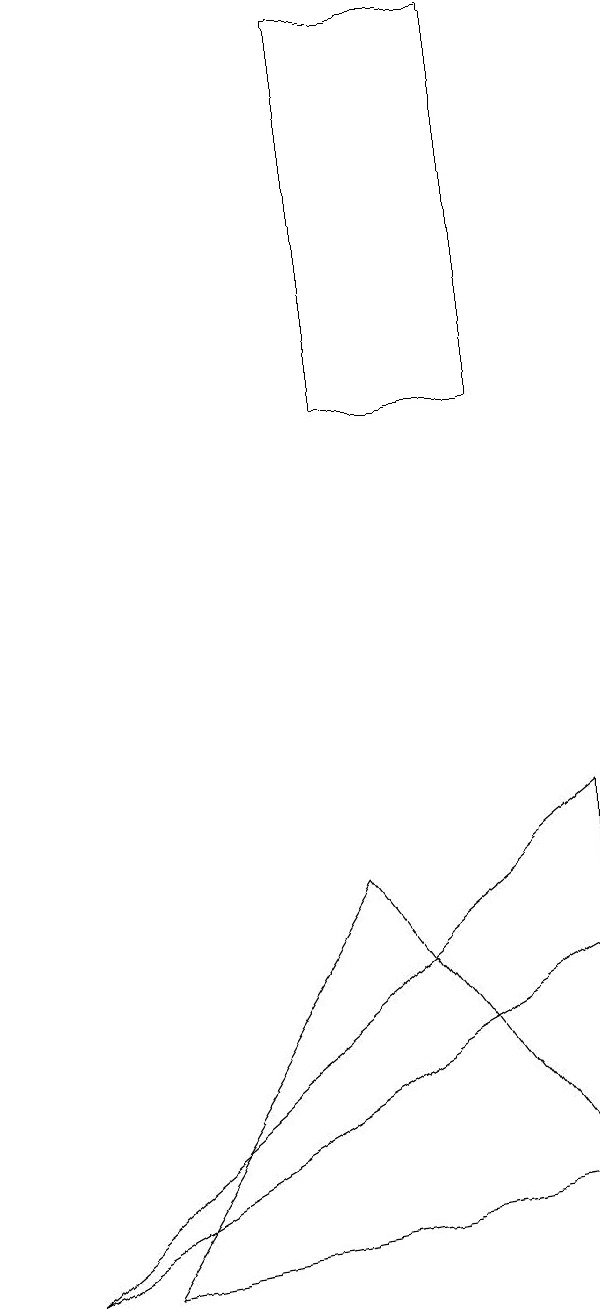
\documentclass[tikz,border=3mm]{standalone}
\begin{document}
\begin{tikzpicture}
\draw (8,16) rectangle (6,11);
\draw (9,1) -- (3,0) -- (6,5) -- cycle;
\draw (9,6) -- (2,0) -- (9,4) -- cycle;
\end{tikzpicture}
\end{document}